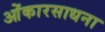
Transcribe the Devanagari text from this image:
ओंकारसाधना